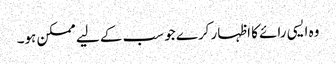
وہ ایسی رائے کا اظہار کرے جو سب کے لیے ممکن ہو۔